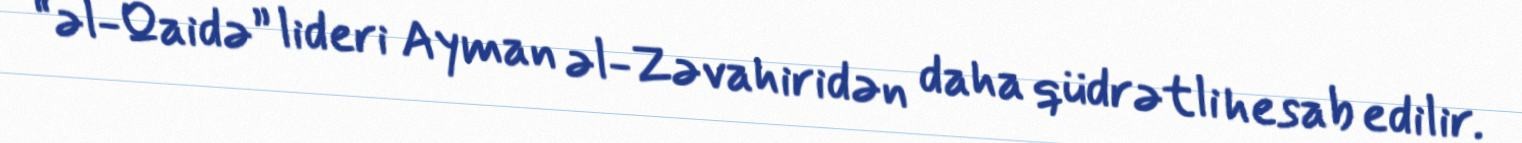
“əl-Qaidə” lideri Ayman əl-Zəvahiridən daha qüdrətli hesab edilir.